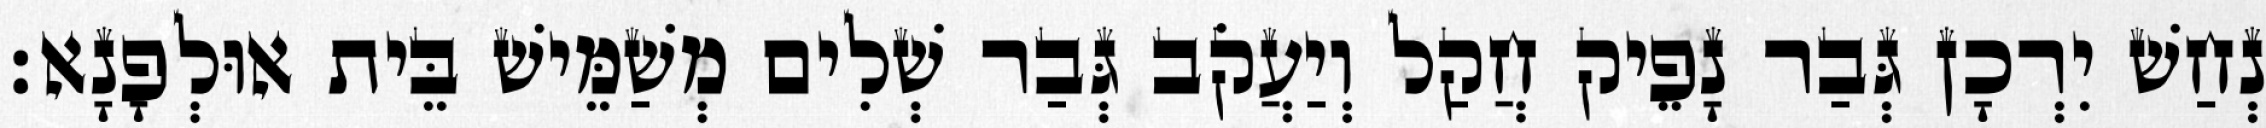
נְחַשׁ יִרְכָן גְּבַר נָפֵיק חֲקַל וְיַעֲקֹב גְּבַר שְׁלִים מְשַׁמֵּישׁ בֵּית אוּלְפָנָא׃